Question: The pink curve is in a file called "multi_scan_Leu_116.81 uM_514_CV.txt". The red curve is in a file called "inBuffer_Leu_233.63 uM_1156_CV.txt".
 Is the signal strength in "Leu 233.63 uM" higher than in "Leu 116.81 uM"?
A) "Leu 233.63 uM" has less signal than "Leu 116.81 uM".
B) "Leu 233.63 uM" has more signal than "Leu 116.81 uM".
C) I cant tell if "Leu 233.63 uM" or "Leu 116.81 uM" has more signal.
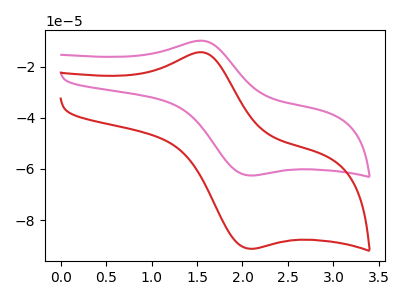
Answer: <think>The pink curve "Leu 116.81 uM" has an anodic peak at (1.55V, -9.85uA) and a cathodic peak at (2.05V, -62.55uA). The red curve "Leu 233.63 uM" has an anodic peak at (1.55V, -14.35uA) and a cathodic peak at (2.05V, -91.15uA).
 All the peaks in "Leu 233.63 uM" have a peak in "Leu 116.81 uM" at the same potential.</think>
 <answer>C) I cant tell if "Leu 233.63 uM" or "Leu 116.81 uM" has more signal.</answer>
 <eval>C</eval>